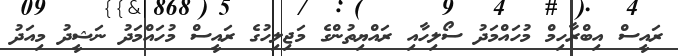
ރައީސް އިބްރާހިމް މުހައްމަދު ސޯލިހާއި ރައްޔިތުންގެ މަޖިލިހުގެ ރައީސް މުހައްމަދު ނަޝީދު މިއަދު